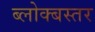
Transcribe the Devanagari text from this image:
ब्लोक्बस्तर